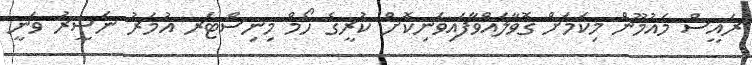
ރައީސް މައުމޫން މިކަމަށް ގޮވާލައްވާފައިވަނިކޮށް ކުރީގެ ހޯމް މިނިސްޓަރ އުމަރު ނަސީރު ވަނީ